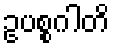
ဥပစ္စဂါတိ